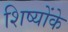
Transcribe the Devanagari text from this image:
शिष्योंके